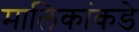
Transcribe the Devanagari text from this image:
मालिकांकडे